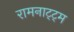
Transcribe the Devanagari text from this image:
रामनाट्ट्म